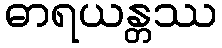
ဓာရယန္တဿ